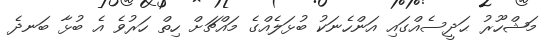
މަޝްހޫރު ޙަދީސެއްގައި އަންހެނަކު ބުޅަލެއްގެ މައްޗަށް ހިތް ހަރުވެ އެ ބުޅާ ބަނދެ